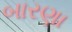
બારણા